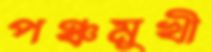
পঞ্চমুখী